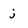
Character: j